Investigations into the jail dietaries of the United Provinces with some observations on the influence of dietary on the physical development and well-being of the people of the United Provinces - Number 48
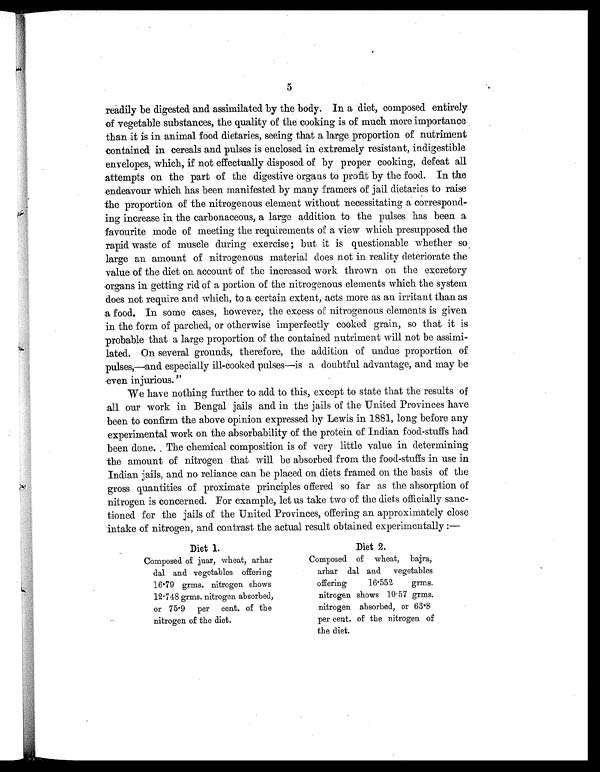
5
readily be digested and assimilated by the body. In a diet, composed entirely
of vegetable substances, the quality of the cooking is of much more importance
than it is in animal food dietaries, seeing that a large proportion of nutriment
contained in cereals and pulses is enclosed in extremely resistant, indigestible
envelopes, which, if not effectually disposed of by proper cooking, defeat all
attempts on the part of the digestive organs to profit by the food. In the
endeavour which has been manifested by many framers of jail dietaries to raise
the proportion of the nitrogenous element without necessitating a correspond-
ing increase in the carbonaceous, a large addition to the pulses has been a
favourite mode of meeting the requirements of a view which presupposed the
rapid waste of muscle during exercise; but it is questionable whether so
large an amount of nitrogenous material does not in reality deteriorate the
value of the diet on account of the increased work thrown on the excretory
organs in getting rid of a portion of the nitrogenous elements which the system
does not require and which, to a certain extent, acts more as an irritant than as
a food. In some cases, however, the excess of nitrogenous elements is given
in the form of parched, or otherwise imperfectly cooked grain, so that it is
probable that a large proportion of the contained nutriment will not be assimi-
lated. On several grounds, therefore, the addition of undue proportion of
pulses,—and especially ill-cooked pulses—is a doubtful advantage, and may be
even injurious. "
We have nothing further to add to this, except to state that the results of
all our work in Bengal jails and in the jails of the United Provinces have
been to confirm the above opinion expressed by Lewis in 1881, long before any
experimental work on the absorbability of the protein of Indian food-stuffs had.
been done. The chemical composition is of very little value in determining
the amount of nitrogen that will be absorbed from the food-stuffs in use in
Indian jails, and no reliance can be placed on diets framed on the basis of the
gross quantities of proximate principles offered so far as the absorption of
nitrogen is concerned. For example, let us take two of the diets officially sanc-
tioned for the jails of the United Provinces, offering an approximately close
intake of nitrogen, and contrast the actual result obtained experimentally :—
Diet 1.
Diet 2.
Composed of juar, wheat, arhar
dal and vegetables offering
16.79 grms. nitrogen shows
12.748 grms. nitrogen absorbed,
or 75.9 per cent, of the
nitrogen of the diet.
Composed of wheat, bajra,
arhar dal and vegetables
offering 16.552 grms.
nitrogen shows 10.57 grms.
nitrogen absorbed, or 63.8
per cent. of the nitrogen of
the diet.